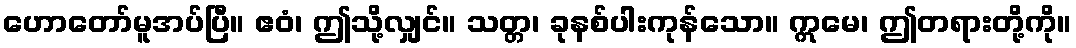
ဟောတော်မူအပ်ပြီ။ ဧဝံ၊ ဤသို့လျှင်။ သတ္တ၊ ခုနစ်ပါးကုန်သော။ ဣမေ၊ ဤတရားတို့ကို။